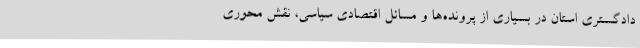
دادگستری استان در بسیاری از پرونده‌ها و مسائل اقتصادی سیاسی، نقش محوری